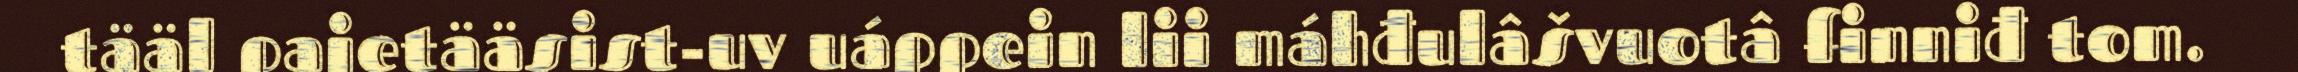
tääl pajetääsist-uv uáppein lii máhđulâšvuotâ finniđ tom.